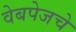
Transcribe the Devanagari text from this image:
वेबपेजचे